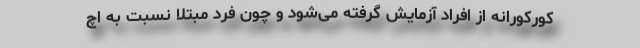
کورکورانه از افراد آزمایش گرفته می‌شود و چون فرد مبتلا نسبت به اچ